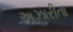
અઝારીતા